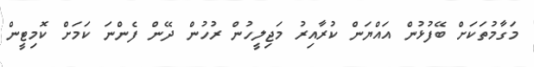
މަގާމުތަކަށް ބޭފުޅުން އައްޔަން ކުރާއިރު މަޖިލީހުން ރުހުން ދޭން ފެންނަ ކަމަށް ކޮމިޓީން